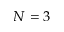
N = 3